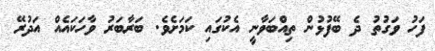
ފަހު ވަގުތު ދެ ބޭފުޅުން ތިއްބަވާނީ އެކުގައި ކަމަށެވެ. ބަރާބަރު ވާހަކައެއް އަދުރޭ